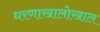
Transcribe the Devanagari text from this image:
धरणाखालोखाल